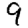
Digit: 9